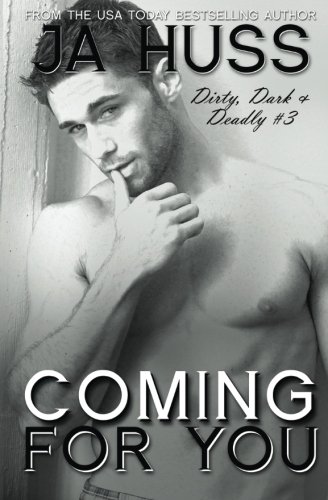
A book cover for Coming For You: Dirty, Dark, and Deadly Book Three (Volume 3); J A Huss; Romance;